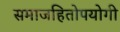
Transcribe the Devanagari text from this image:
समाजहितोपयोगी